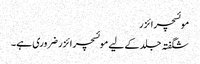
موئسچرائزر
شگفتہ جلد کے لیے موئسچر ائزر ضروری ہے ۔